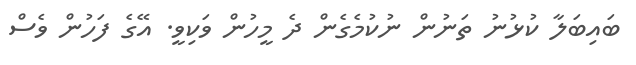
ބައިބަލާ ކުޅުނު ތަނުން ނުކުމެގެން ދެ މީހުން ވަކިވީ. އޭގެ ފަހުން ވެސް